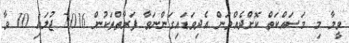
ވީމާ މި މަސައްކަތް ކޮށްދެއްވަން އެދިވަޑައިގަންނަވާ ފަރާތްތަކުން 2016 ޖުލައި 10 ވާ